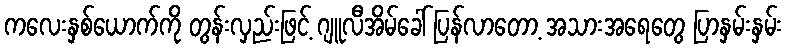
ကလေးနှစ်ယောက်ကို တွန်းလှည်းဖြင့် ဂျူလီအိမ်ခေါ် ပြန်လာတော့ အသားအရေတွေ ပြာနှမ်းနှမ်း